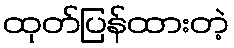
ထုတ်ပြန်ထားတဲ့